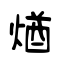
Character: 煪